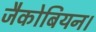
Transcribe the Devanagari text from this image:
जैकोबियन।